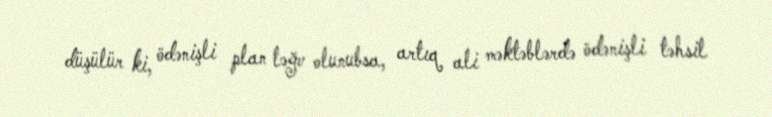
düşülür ki, ödənişli plan ləğv olunubsa, artıq ali məktəblərdə ödənişli təhsil